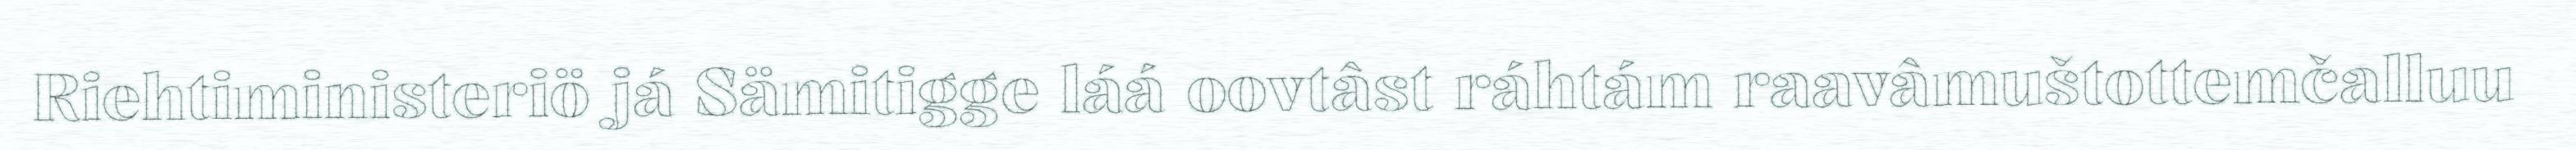
Riehtiministeriö já Sämitigge láá oovtâst ráhtám raavâmuštottemčalluu